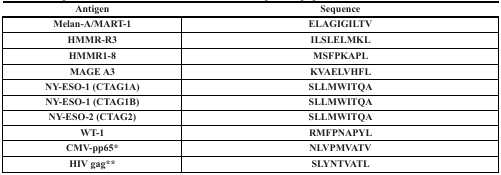
<table><thead><tr><td><b>Antigen</b></td><td><b>Sequence</b></td></tr></thead><tbody><tr><td><b>Melan-A/MART-1</b></td><td><b>ELAGIGILTV</b></td></tr><tr><td><b>HMMR-R3</b></td><td><b>ILSLELMKL</b></td></tr><tr><td><b>HMMR1-8</b></td><td><b>MSFPKAPL</b></td></tr><tr><td><b>MAGE A3</b></td><td><b>KVAELVHFL</b></td></tr><tr><td><b>NY-ESO-1 (CTAG1A)</b></td><td><b>SLLMWITQA</b></td></tr><tr><td><b>NY-ESO-1 (CTAG1B)</b></td><td><b>SLLMWITQA</b></td></tr><tr><td><b>NY-ESO-2 (CTAG2)</b></td><td><b>SLLMWITQA</b></td></tr><tr><td><b>WT-1</b></td><td><b>RMFPNAPYL</b></td></tr><tr><td><b>CMV-pp65*</b></td><td><b>NLVPMVATV</b></td></tr><tr><td><b>HIV gag**</b></td><td><b>SLYNTVATL</b></td></tr></tbody></table>